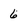
Character: 6